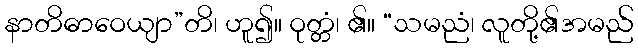
နာတိဓာဝေယျာ”တိ၊ ဟူ၍။ ဝုတ္တံ၊ ၏။ “သမညံ၊ လူတို့၏အမည်